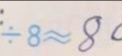
7 1 9 \div 8 \approx 8 0